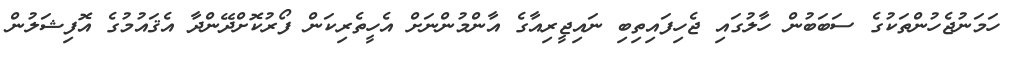
ހަމަނުޖެހުންތަކުގެ ސަބަބުން ހާލުގައި ޖެހިފައިތިބި ނައިޖީރިއާގެ އާންމުންނަށް އެހީތެރިކަން ފޯރުކޮށްދޭންދާ އެޤައުމުގެ އޮފިޝަލުން